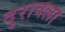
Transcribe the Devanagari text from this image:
दुरावला